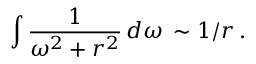
\int \frac { 1 } { \omega ^ { 2 } + r ^ { 2 } } \, d \omega \, \sim 1 / r \, .